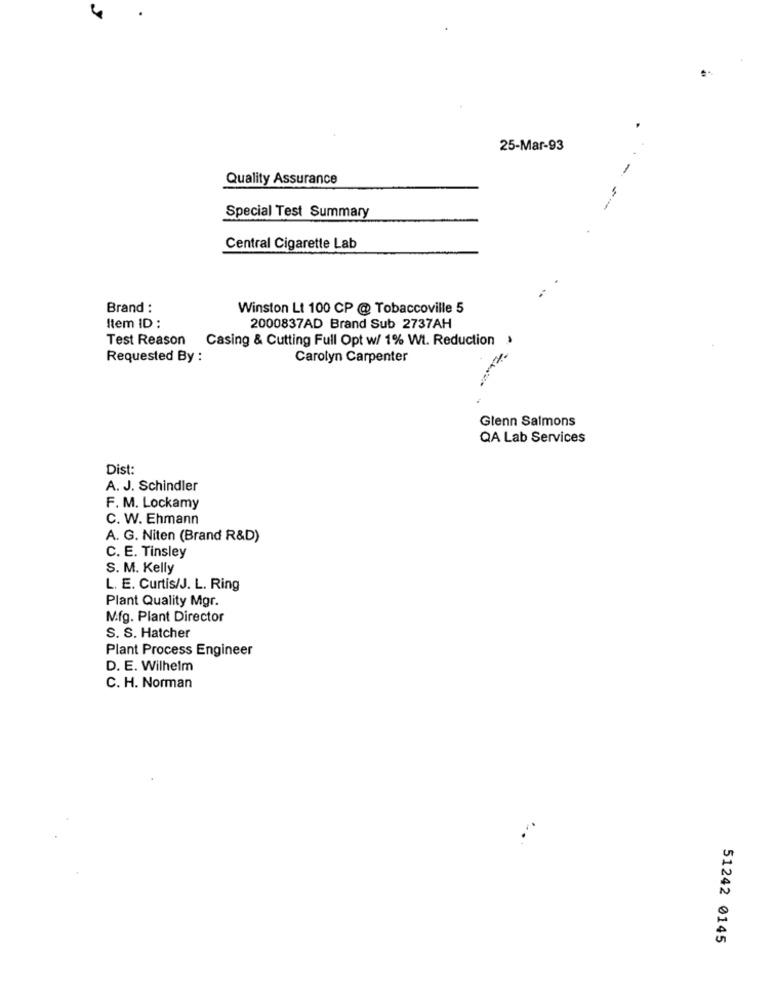
25-Mar-93
Quality Assurance
Special Test Summary
Central Cigarette Lab
Brand :
Winston Lt 100 CP @ Tobaccoville 5
Item ID :
2000837AD Brand Sub 2737AH
Test Reason Casing & Cutting Full Opt w/ 1% Wt. Reduction
Requested By :
Carolyn Carpenter
Glenn Salmons
QA Lab Services
Dist:
A. J. Schindler
F. M. Lockamy
C. W. Ehmann
A. G. Niten (Brand R&D)
C. E. Tinsley
S. M. Kelly
L. E. Curtis/J. L. Ring
Plant Quality Mgr.
Mfg. Plant Director
S. S. Hatcher
Plant Process Engineer
D. E. Wilhelm
C. H. Norman
51242 0145